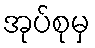
အုပ်စုမှ